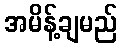
အမိန့်ချမည်